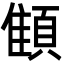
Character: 顀